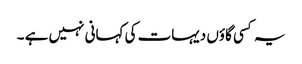
یہ کسی گاؤں دیہات کی کہانی نہیں ہے ۔